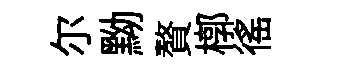
尓黝贅槨徭